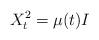
LaTeX: \begin{align*}X_t^2 = \mu (t) I\end{align*}